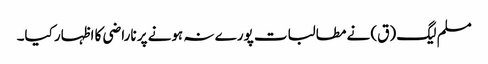
مسلم لیگ (ق) نے مطالبات پورے نہ ہونے پر ناراضی کا اظہار کیا۔